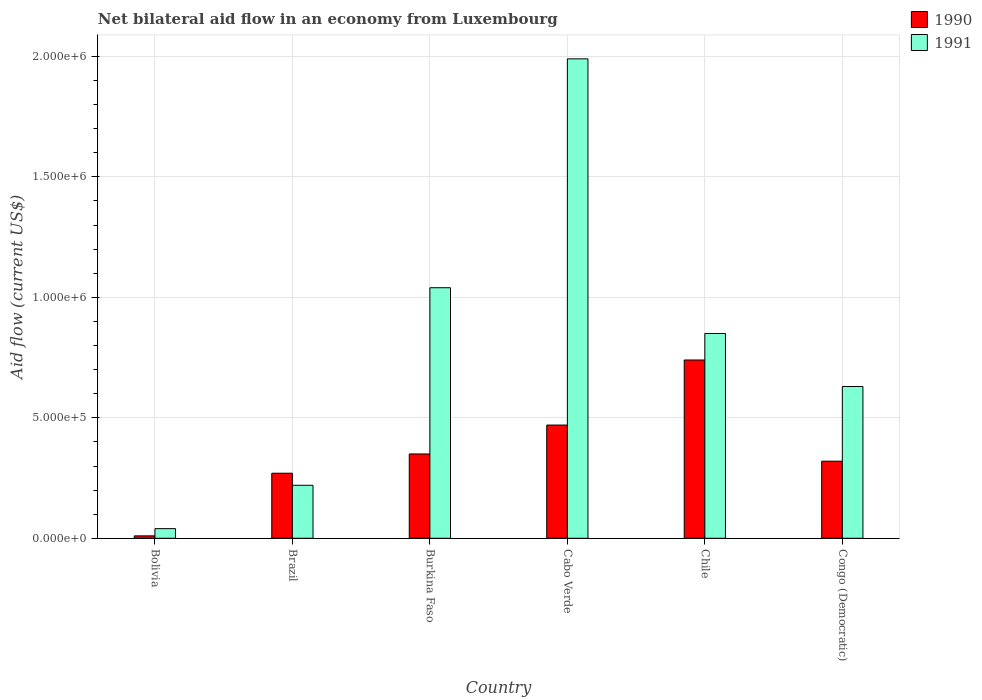
| Country | 1990 | 1991 |
 | --- | --- | --- |
 | Bolivia | 1e+04 | 4e+04 |
 | Brazil | 2.7e+05 | 2.2e+05 |
 | Burkina Faso | 3.5e+05 | 1.04e+06 |
 | Cabo Verde | 4.7e+05 | 1.99e+06 |
 | Chile | 7.4e+05 | 8.5e+05 |
 | Congo (Democratic) | 3.2e+05 | 6.3e+05 |